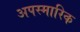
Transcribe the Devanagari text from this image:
अपस्मारिक